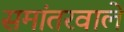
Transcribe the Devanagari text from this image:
समांतरवाले